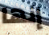
إنها